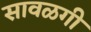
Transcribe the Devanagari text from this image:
सावळगी